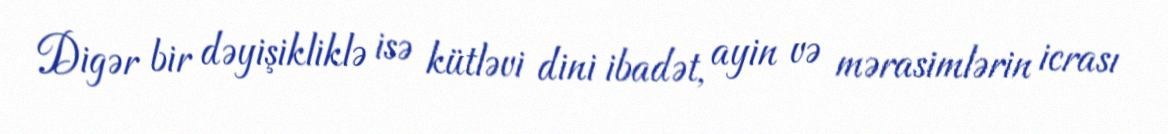
Digər bir dəyişikliklə isə kütləvi dini ibadət, ayin və mərasimlərin icrası